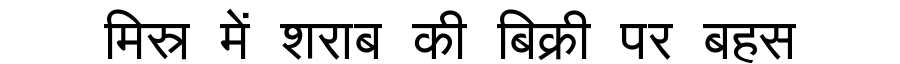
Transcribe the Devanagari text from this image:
मिस्र में शराब की बिक्री पर बहस